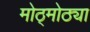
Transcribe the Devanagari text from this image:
मोठ्मोठ्या